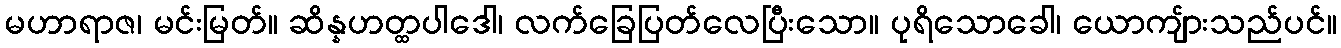
မဟာရာဇ၊ မင်းမြတ်။ ဆိန္နဟတ္ထပါဒေါ၊ လက်ခြေပြတ်လေပြီးသော။ ပုရိသောခေါ၊ ယောကျ်ားသည်ပင်။